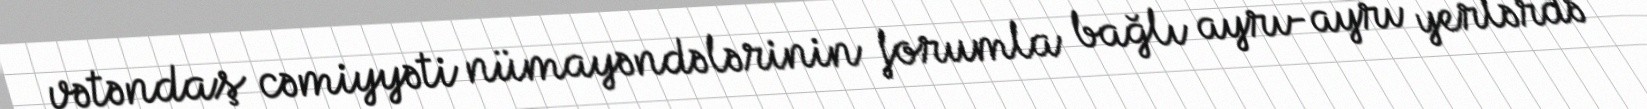
vətəndaş cəmiyyəti nümayəndələrinin forumla bağlı ayrı-ayrı yerlərdə